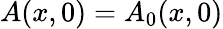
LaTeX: A(x,0)=A_{0}(x,0)